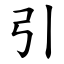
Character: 引